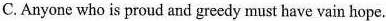
C. Anyone who is proud and greedy must have vain hope.